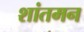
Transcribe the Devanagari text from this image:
शांतमन